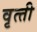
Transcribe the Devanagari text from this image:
वृत्‍ती